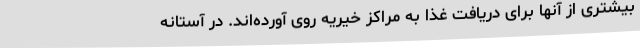
بیشتری از آنها برای دریافت غذا به مراکز خیریه روی آورده‌اند. در آستانه